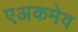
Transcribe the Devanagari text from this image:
एअकमेव